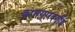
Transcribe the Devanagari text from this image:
कामगारवर्गीय